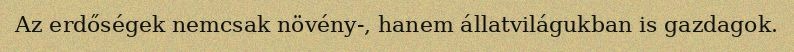
Az erdőségek nemcsak növény-, hanem állatvilágukban is gazdagok.